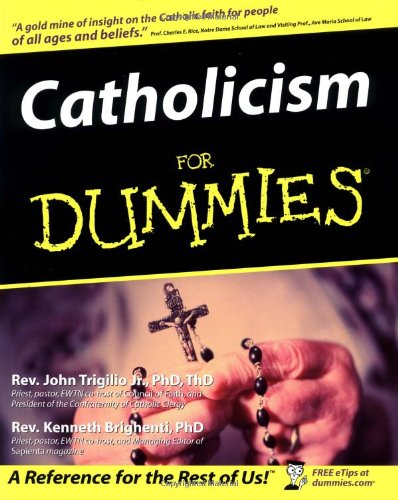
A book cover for Catholicism For Dummies; Rev. John Trigilio Jr.; Christian Books & Bibles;